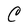
Character: C